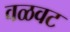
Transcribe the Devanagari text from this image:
वळवट